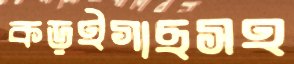
কড়ইগাছসহ